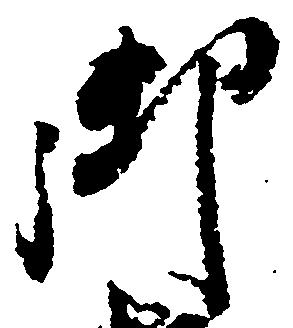
御